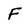
Character: F